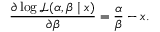
{ \frac { \partial \log { \mathcal { L } } ( \alpha , \beta \mid x ) } { \partial \beta } } = { \frac { \alpha } { \beta } } - x .